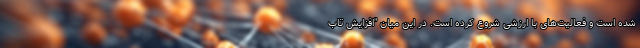
شده است و فعالیت‌های با ارزشی شروع کرده است. در این میان "افزایش تاب